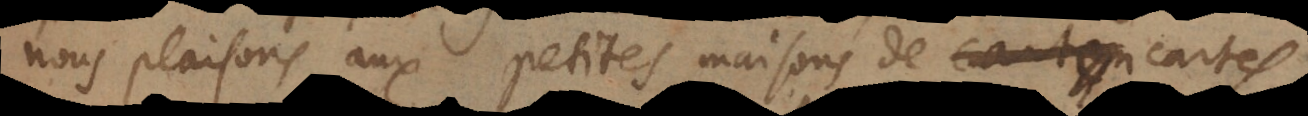
nous plaisons aux petites maisons de cartes